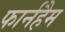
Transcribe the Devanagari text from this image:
फार्नहैम